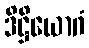
ဒိဋ္ဌိယောဂံ